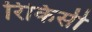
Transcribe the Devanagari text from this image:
रिकिसी